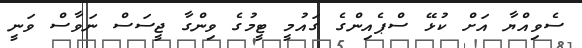
ސެވިއްޔާ އަށް ކުޅޭ ސްޕެއިންގެ ގައުމީ ޓީމުގެ ވިންގާ ޖީސަސް ނަވާސް ވަނީ